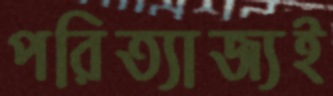
পরিত্যাজ্যই